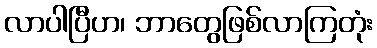
လာပါပြီဟ၊ ဘာတွေဖြစ်လာကြတုံး